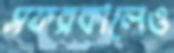
সফরকালেও